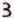
3